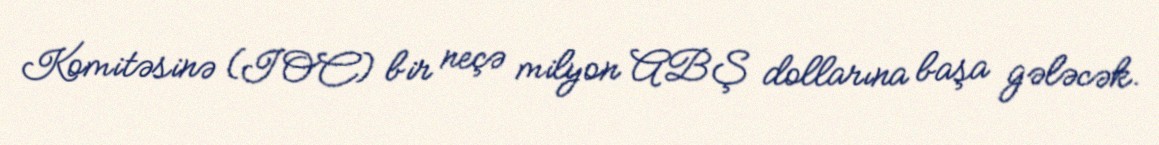
Komitəsinə (IOC) bir neçə milyon ABŞ dollarına başa gələcək.